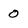
Character: 0